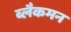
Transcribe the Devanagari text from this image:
ब्लैकमन